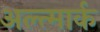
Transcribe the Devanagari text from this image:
अल्त्मार्क